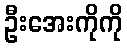
ဦးအေးကိုကို